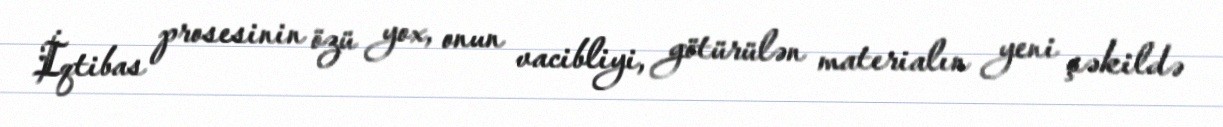
İqtibas prosesinin özü yox, onun vacibliyi, götürülən materialın yeni şəkildə